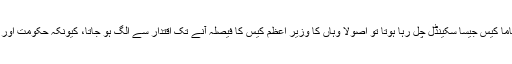
دنیا کے کسی اور ملک میں اگر پاناما کیس جیسا سکینڈل چل رہا ہوتا تو اصولاً وہاں کا وزیرِ اعظم کیس کا فیصلہ آنے تک اقتدار سے الگ ہو جاتا، کیونکہ حکومت اور کیس ایک ساتھ نہیں چلایا جا سکتا۔